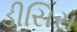
ડીસિસ